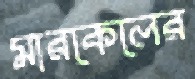
মারকেলের